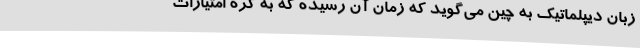
زبان دیپلماتیک به چین می‌گوید که زمان آن رسیده که به کره امتیازات